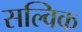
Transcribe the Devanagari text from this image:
सल्विक